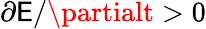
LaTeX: \partial\mathsf{E}/\partialt>0